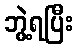
ဘွဲ့ရပြီး